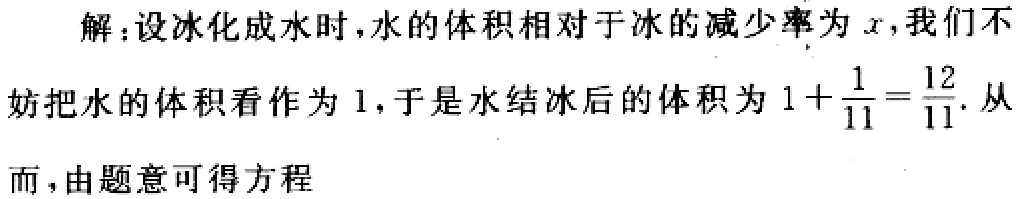
解：设冰化成水时，水的体积相对于冰的减少率为\(x\)，我们不妨把水的体积看作为\(1\)，于是水结冰后的体积为\(1 + \frac{1}{11} = \frac{12}{11}\). 从而，由题意可得方程